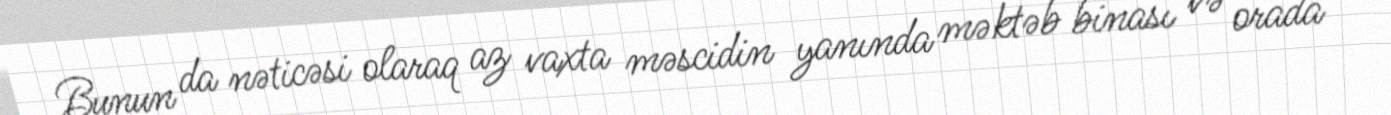
Bunun da nəticəsi olaraq az vaxta məscidin yanında məktəb binası və orada